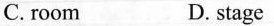
C.room D.stage